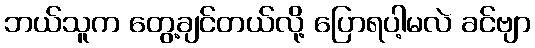
ဘယ်သူက တွေ့ချင်တယ်လို့ ပြောရပါ့မလဲ ခင်ဗျာ